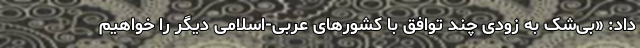
داد: «بی‌شک به زودی چند توافق با کشورهای عربی-اسلامی دیگر را خواهیم